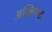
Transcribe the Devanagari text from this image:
अक्लिष्ट